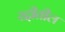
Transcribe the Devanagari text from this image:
रद्दीतील